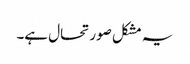
یہ مشکل صورتحال ہے۔